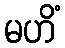
မဟိံ